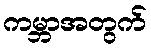
ကမ္ဘာအတွက်